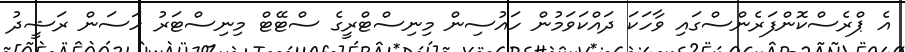
އެ ޕްރެސްކޮންފަރެންސްގައި ވާހަކަ ދައްކަވަމުން ހައުސިން މިނިސްޓްރީގެ ސްޓޭޓް މިނިސްޓަރު ހަސަން ރަޝީދު